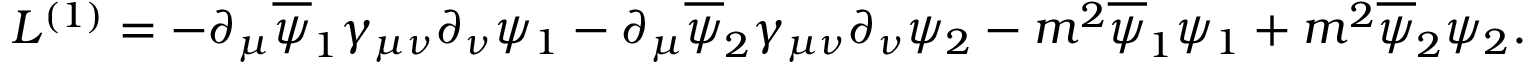
{ \cal L } ^ { ( 1 ) } = - \partial _ { \mu } \overline { { \psi } } _ { 1 } \gamma _ { \mu \nu } \partial _ { \nu } \psi _ { 1 } - \partial _ { \mu } \overline { { \psi } } _ { 2 } \gamma _ { \mu \nu } \partial _ { \nu } \psi _ { 2 } - m ^ { 2 } \overline { { \psi } } _ { 1 } \psi _ { 1 } + m ^ { 2 } \overline { { \psi } } _ { 2 } \psi _ { 2 } .